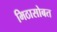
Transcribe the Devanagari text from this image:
मिठासोबत